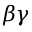
\beta \gamma